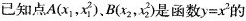
已知点A(x_{1}，x_{ 1 } ^ { 2 })、B(x_{2}，x_{ 2 } ^ { 2 })是函数$$y = x ^ { 2 }$$的